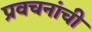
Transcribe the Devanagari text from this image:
प्रवचनांची